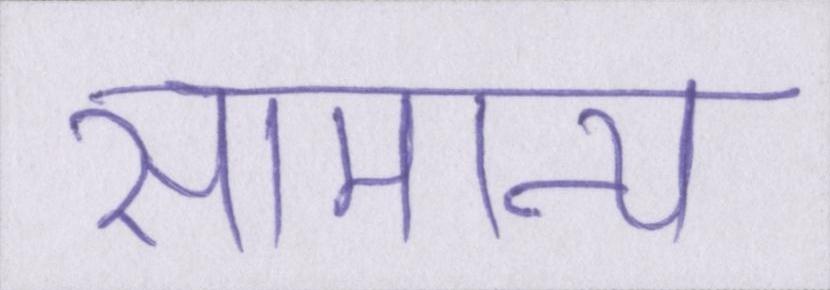
सामान्य